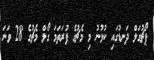
ޕޯޗުގަލް ދަނޑުގައި ކުޅުނު މި މެޗުގެ ފުރަތަމަ ގޯލް މެޗުގެ 28 ވަނަ